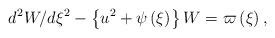
LaTeX: \begin{align*}d^{2}W/d\xi ^{2}-\left\{ {u^{2}+\psi \left( \xi \right) }\right\} W=\varpi\left( \xi \right) , \end{align*}